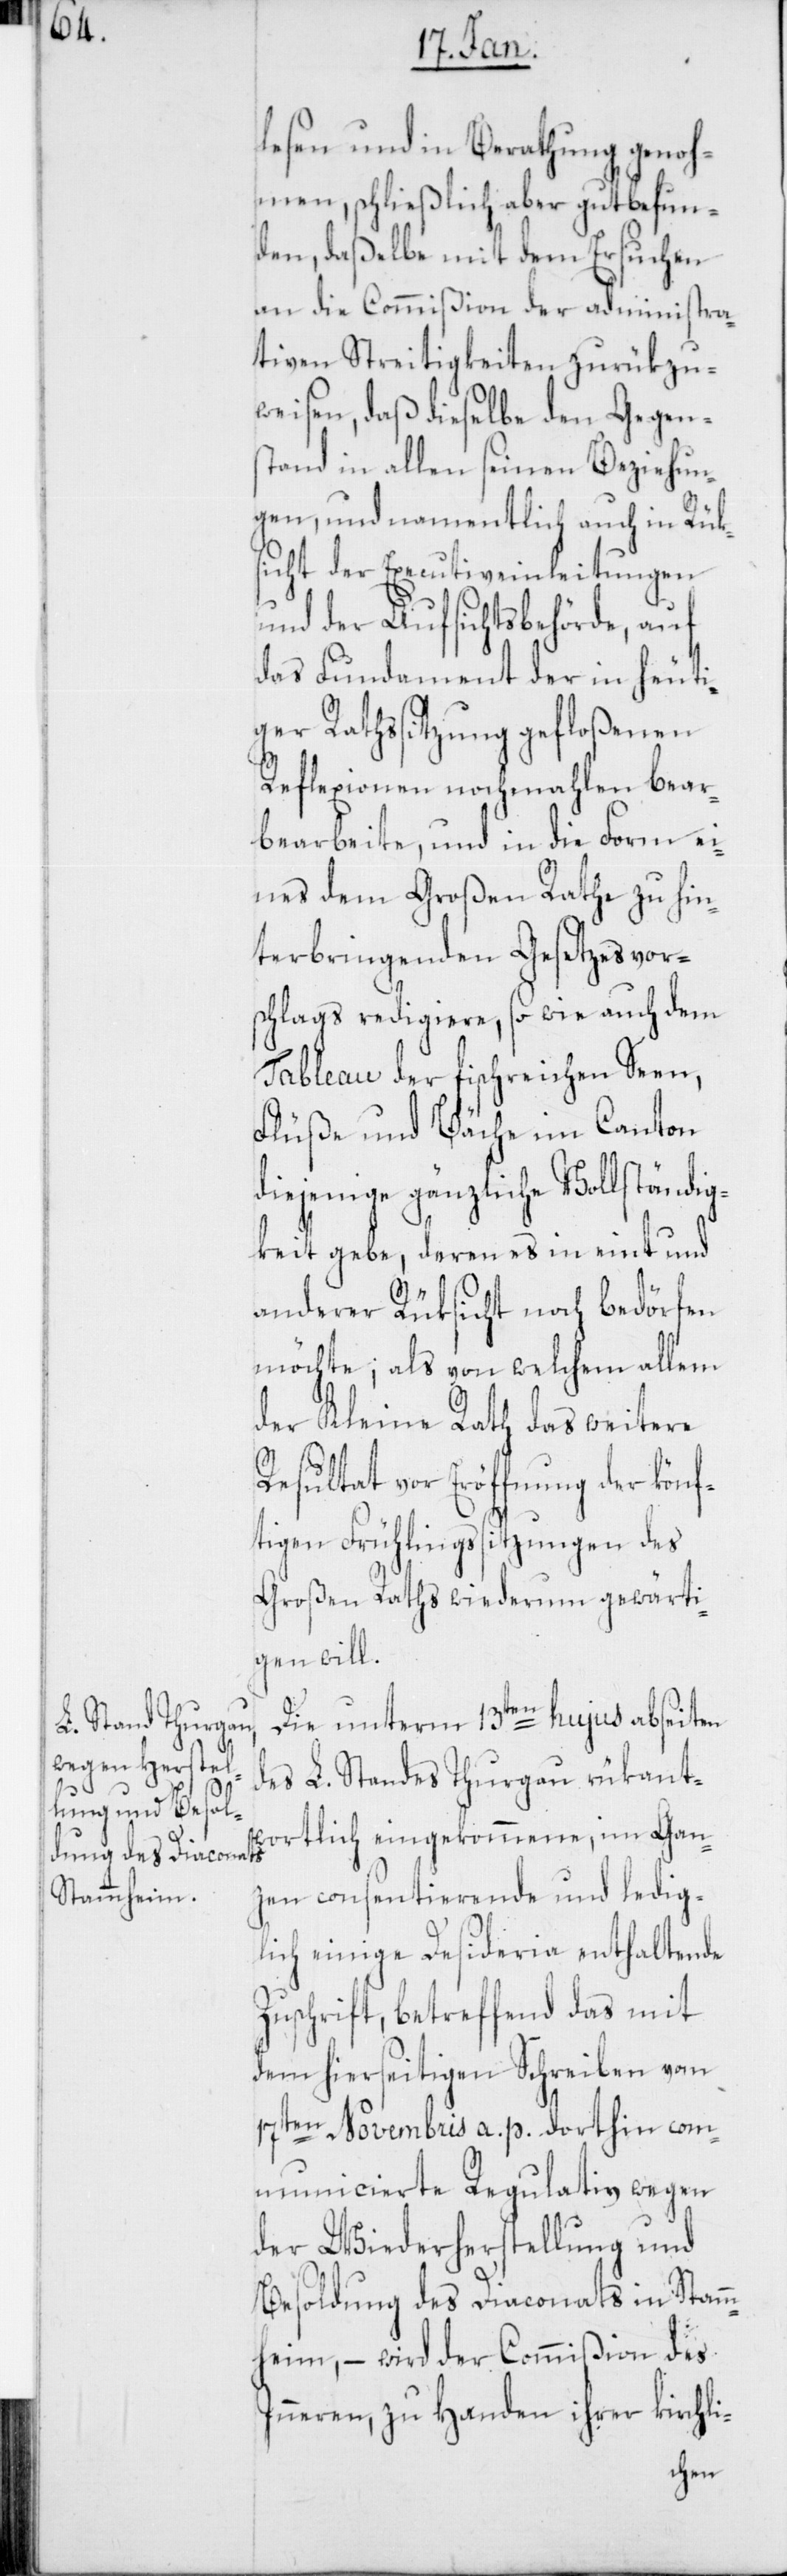
lesen und in Berathung genoh¬
men, schließlich aber gutbefun¬
den, daßelbe mit dem Ersuchen
an die Commißion der administra¬
tiven Streitigkeiten zurükzu¬
weisen, daß dieselbe den Gegen¬
stand in allen seinen Beziehun¬
gen, und namentlich auch in Rük¬
sicht der Executiveinleitungen
und der Aufsichtsbehörde, auf
das Fundament der in heuti¬
ger Rathssitzung gefloßenen
Reflexionen nochmahlen bea¬
rbeite, und in die Form ei¬
nes dem Großen Rathe zu hin¬
terbringenden Gesetzesvor¬
schlags redigiere, so wie auch dem
Tableau der fischreichen Seen,
Flüße und Bäche im Canton
diejenige gänzliche Vollständig¬
keit gebe, deren es in eint und
anderer Rüksicht noch bedörfen
möchte; als von welchem allem
der Kleine Rath das weitere
Resultat vor Eröffnung der könf¬
tigen Frühlingssitzungen des
Großen Raths wiederum gewärti¬
gen will.
Die unterm 13ten hujus abseiten
des L. Standes Thurgau rükant¬
wortlich eingekommene, im Gan¬
zen consentierende und ledig¬
lich einige Desideria enthaltende
Zuschrift, betreffend das mit
dem hierseitigen Schreiben vom
i-
17ten Novembris a. p. dorthin com¬
municierte Regulativ wegen
der Wiederherstellung und
Besoldung des Diaconats in Stamm¬
heim, – wird der Commißion des
Inneren, zu Handen ihrer kirchl¬